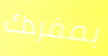
بمفردك